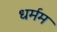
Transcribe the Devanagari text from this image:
धर्मम